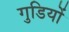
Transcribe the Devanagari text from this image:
गुडियों